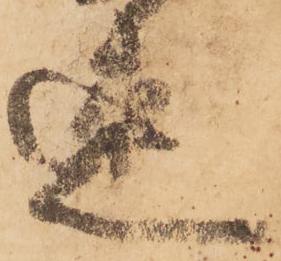
速